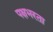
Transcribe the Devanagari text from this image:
पक्षभरता